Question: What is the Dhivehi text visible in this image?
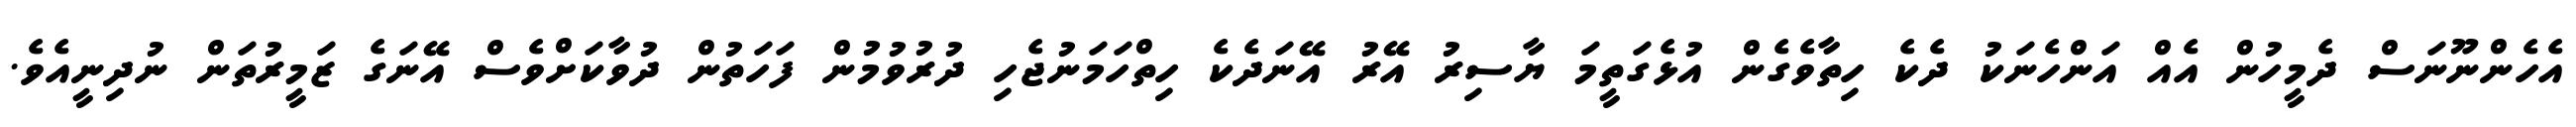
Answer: އެހެންނޫނަސް ދެމީހުން އެއް އަންހެނަކު ދެކެ ހިތާވެގެން އުޅެގަތީމަ ޔާސިރު އޭރު އޭނަދެކެ ހިތްހަމަނުޖެހި ދުރުވުމުން ފަހަތުން ދުވާކަށްވެސް އޭނަގެ ޒަމީރުތަން ނުދިނީއެވެ.